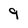
Character: 9